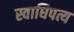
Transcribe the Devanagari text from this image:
स्वाधिपत्य